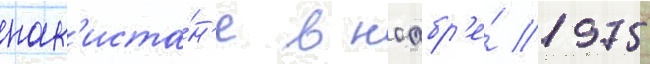
пак'иста́н'е в ноабр'е́ 1975